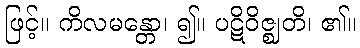
ဖြင့်။ ကိလမန္တော၊ ၍။ ပဋိဝိဇ္ဈတိ၊ ၏။